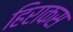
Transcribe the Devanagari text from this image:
हिराकस